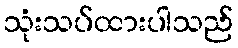
သုံးသပ်ထားပါသည်